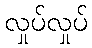
လှုပ်လှုပ်